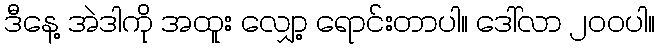
ဒီနေ့ အဲဒါကို အထူး လျှော့ ရောင်းတာပါ။ ဒေါ်လာ ၂၀၀ပါ။